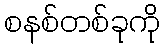
စနစ်တစ်ခုကို